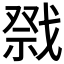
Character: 𭟷